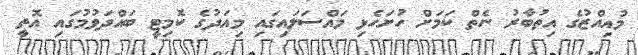
މުއިއްޒުގެ އިތުބާރު ނެތް ކަމަށް ހުށަހެޅި މައްސަލައިގައި މިއަދުގެ ކޮމިޓީ ބައްދަވުމުގައި އޮތީ